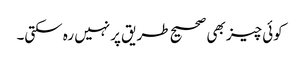
کوئی چیز بھی صحیح طریق پرنہیں رہ سکتی۔